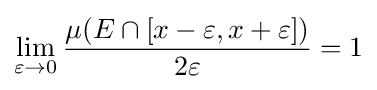
\lim _{\varepsilon \to 0}{\frac {\mu (E\cap [x-\varepsilon ,x+\varepsilon ])}{2\varepsilon }}=1